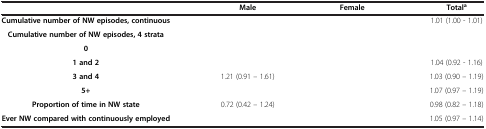
<table><thead><tr><td>[EMPTY_CELL]</td><td><b>Male</b></td><td><b>Female</b></td><td><b>Total<sup>a</sup></b></td></tr></thead><tbody><tr><td><b>Cumulative number of NW episodes, continuous</b></td><td>[EMPTY_CELL]</td><td>[EMPTY_CELL]</td><td>1.01 (1.00 - 1.01)</td></tr><tr><td><b>Cumulative number of NW episodes, 4 strata</b></td><td>[EMPTY_CELL]</td><td>[EMPTY_CELL]</td><td>[EMPTY_CELL]</td></tr><tr><td><b>0</b></td><td>[EMPTY_CELL]</td><td>[EMPTY_CELL]</td><td>[EMPTY_CELL]</td></tr><tr><td><b>1 and 2</b></td><td>[EMPTY_CELL]</td><td>[EMPTY_CELL]</td><td>1.04 (0.92 - 1.16)</td></tr><tr><td><b>3 and 4</b></td><td>1.21 (0.91 – 1.61)</td><td>[EMPTY_CELL]</td><td>1.03 (0.90 – 1.19)</td></tr><tr><td><b>5+</b></td><td>[EMPTY_CELL]</td><td>[EMPTY_CELL]</td><td>1.07 (0.97 – 1.19)</td></tr><tr><td><b>Proportion of time in NW state</b></td><td>0.72 (0.42 – 1.24)</td><td>[EMPTY_CELL]</td><td>0.98 (0.82 – 1.18)</td></tr><tr><td><b>Ever NW compared with continuously employed</b></td><td>[EMPTY_CELL]</td><td>[EMPTY_CELL]</td><td>1.05 (0.97 – 1.14)</td></tr></tbody></table>